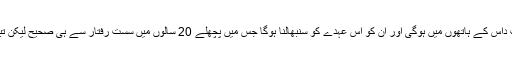
اب کمان شکتی کانت داس کے ہاتھوں میں ہوگی اور ان کو اس عہدے کو سنبھالنا ہوگا جس میں پچھلے 20 سالوں میں سست رفتار سے ہی صحیح لیکن تبدیلی ضرور آئی ہے۔